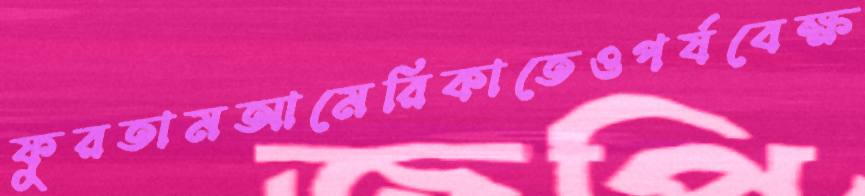
ফুরতামআমেরিকাতেওপর্যবেক্ষ